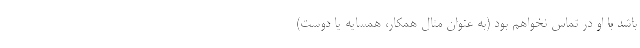
باشد با او در تماس نخواهم بود (به عنوان مثال همکار، همسایه یا دوست)